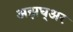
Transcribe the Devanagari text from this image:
अझघ्अर